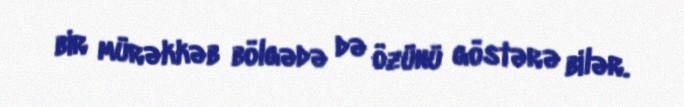
bir mürəkkəb bölgədə də özünü göstərə bilər.